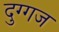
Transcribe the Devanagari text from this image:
दुग्गज